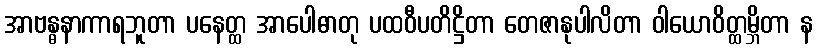
အာဗန္ဓနာကာရဘူတာ ပနေတ္ထ အာပေါဓာတု ပထဝီပတိဋ္ဌိတာ တေဇာနုပါလိတာ ဝါယောဝိတ္ထမ္ဘိတာ န